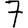
Digit: 7